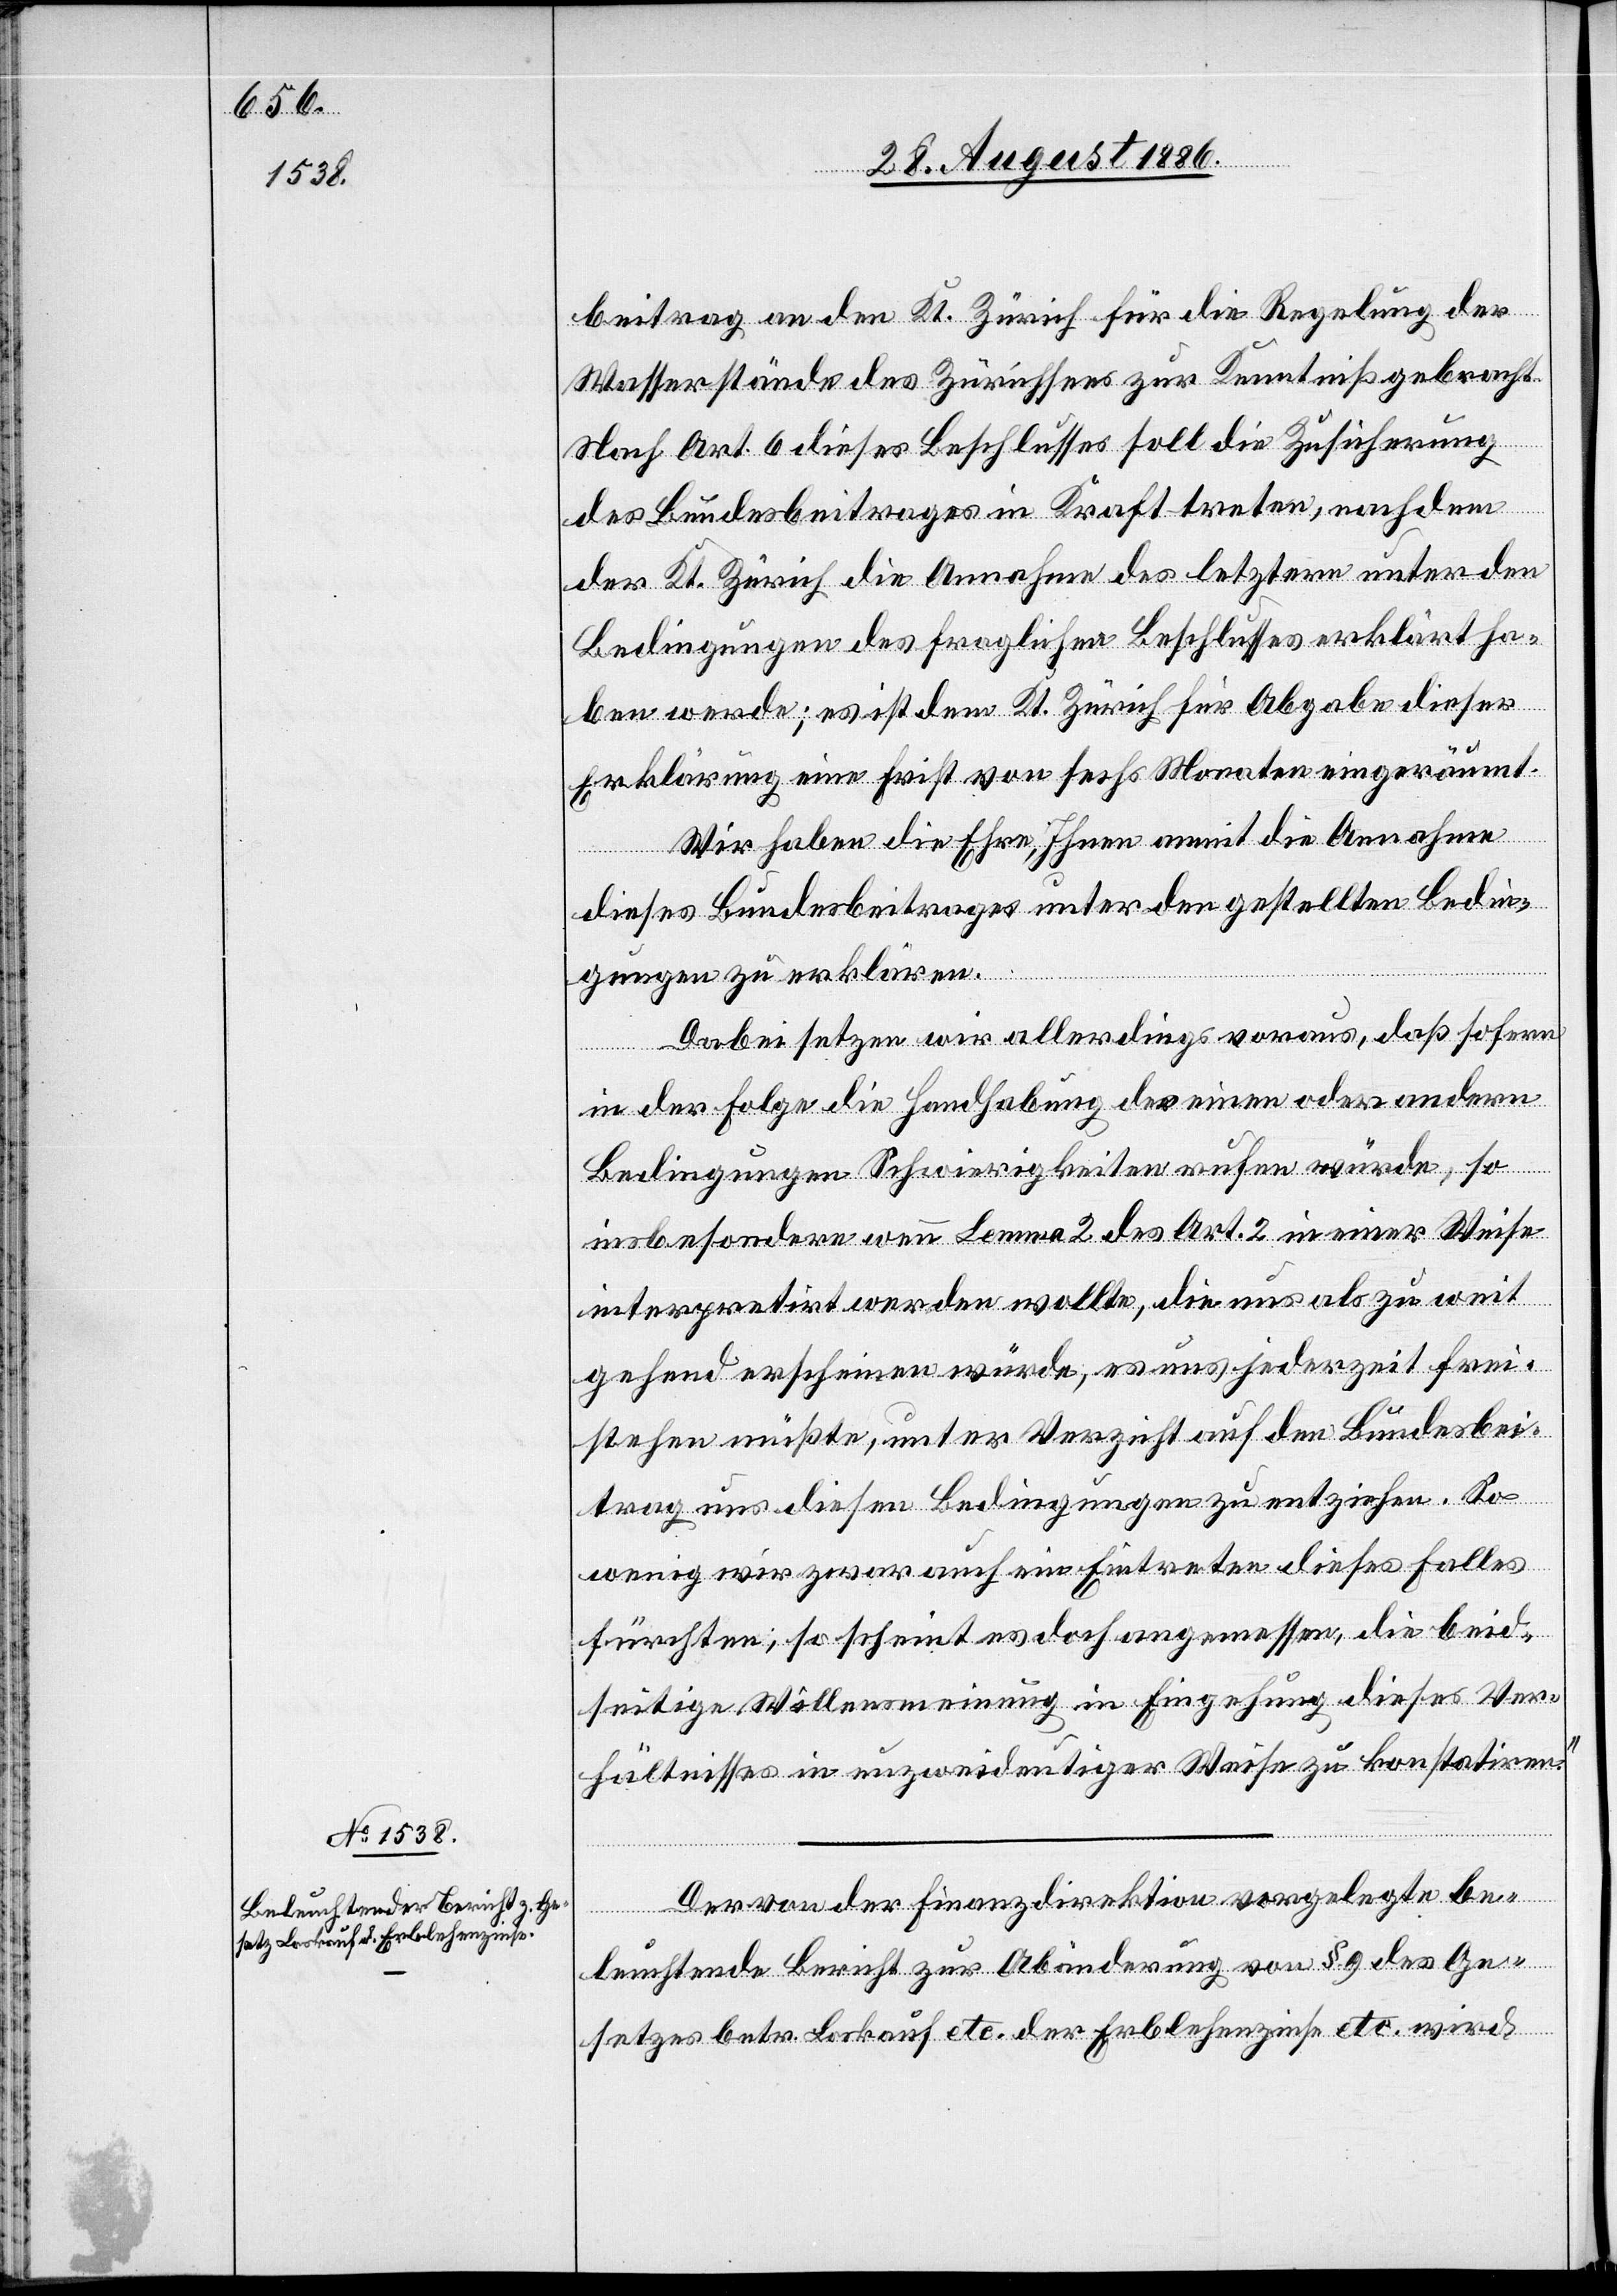
beitrag an den Kt. Zürich für die Regelung der
Wasserstände des Zürichsees zur Kenntniß gebracht.
Nach Art. 6 dieses Beschlusses soll die Zusicherung
des Bundesbeitrages in Kraft treten, nachdem
der Kt. Zürich die Annahme des letztern unter den
Bedingungen des fraglichen Beschlusses erklärt ha¬
ben werde; es ist dem Kt. Zürich für Abgabe dieser
Erklärung eine Frist von sechs Monaten eingeräumt.
Wir haben die Ehre, Ihnen anmit die Annahme
dieses Bundesbeitrages unter den gestellten Bedin¬
gungen zu erklären.
Dabei setzen wir allerdings voraus, daß sofern
in der Folge die Handhabung der einen oder andern
Bedingungen [sic!] Schwierigkeiten rufen würde, so
insbesondere wenn Lemma 2 des Art. 2 in einer Weise
interpretirt werden wollte, die uns als zu weit
gehend erscheinen würde, es uns jederzeit frei¬
stehen müßte, unter Verzicht auf den Bundesbei¬
trag uns diesen Bedingungen zu entziehen. So
wenig wir zwar auch ein Eintreten dieses Falles
fürchten, so scheint es doch angemessen, die beid¬
seitige Willensmeinung in Eingehung dieses Ver¬
hältnisses in unzweideutiger Weise zu konstatiren.“
Der von der Finanzdirektion vorgelegte be¬
leuchtende Bericht zur Abänderung von § 9 des Ge¬
setzes betr. Loskauf etc. der Erblehenzinse etc. wird